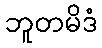
ဘူတမိဒံ